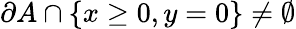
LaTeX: \partial A\cap\{ x\geq 0,y=0\} \neq\emptyset